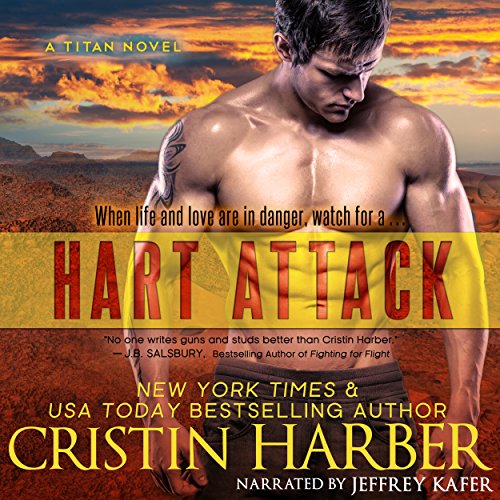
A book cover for Hart Attack: Titan, Book 5; Cristin Harber; Romance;